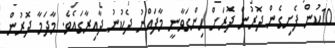
10ކުން ފެށިގެން ދޮރުން ދޮރަށް ހިންގަވާނީ މާފައްނު ދެކުނު ދާއިރާގައެވެ. މާދަމާ ދޮރުން